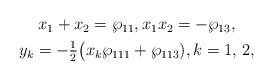
LaTeX: \begin{align*}\begin{gathered}x_1 + x_2 = \wp_{11},x_1 x_2 = -\wp_{13},\\y_k = -\tfrac{1}{2} \big(x_k \wp_{111} + \wp_{113}),k=1,\,2,\end{gathered}\end{align*}